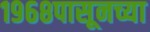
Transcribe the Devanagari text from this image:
१९६८पासूनच्या